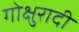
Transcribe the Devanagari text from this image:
गोक्षुरादी